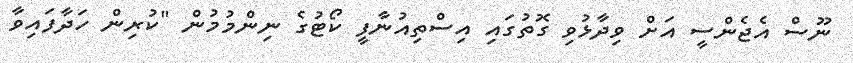
ނޫސް އެޖެންސީ އަށް ވިދާޅުވި ގޮތުގައި އިސްތިއުނާފީ ކޯޓުގެ ނިންމުމުން "ކުރިން ހަދާފައިވާ